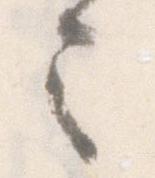
令